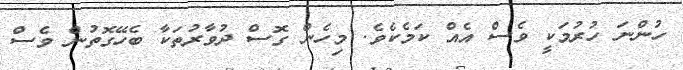
ހުންނަ ހުރުމަކީ ވެސް އެއް ކަމެކެވެ. މިހެން ގޮސް ދުވާރުތަކާ ބެހޭގޮތުން ވެސް